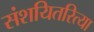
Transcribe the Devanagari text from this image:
संशयितरित्या